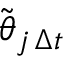
\tilde { { \boldsymbol { \theta } } } _ { j \, \Delta t }